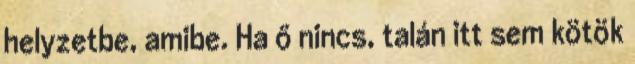
helyzetbe, amibe. Ha ő nincs, talán itt sem kötök